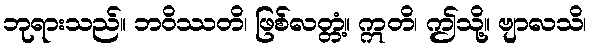
ဘုရားသည်။ ဘဝိဿတိ၊ ဖြစ်လတ္တံ့။ ဣတိ၊ ဤသို့။ ဗျာလသိ၊